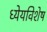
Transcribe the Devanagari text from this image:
ध्येयविशेष